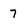
Character: 7